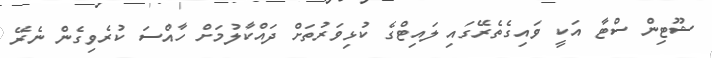
ޝޫޓިން ސްޓާ އަކީ ވައިގެތެރޭގައި ލައިޓްގެ ކުޅިވަރުތަށް ދައްކާލުމަށް ހާއްސަ ކުރެވިގެން ނެރޭ